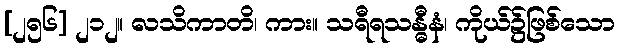
[၂၅၆] ၂၁၂။ လသိကာတိ၊ ကား။ သရီရသန္ဓီနံ၊ ကိုယ်၌ဖြစ်သော